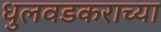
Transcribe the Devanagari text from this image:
धुलवडकराच्या